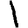
Digit: 1